Scientific memoirs by medical officers of the Army of India - Part VII,
Year: 1892
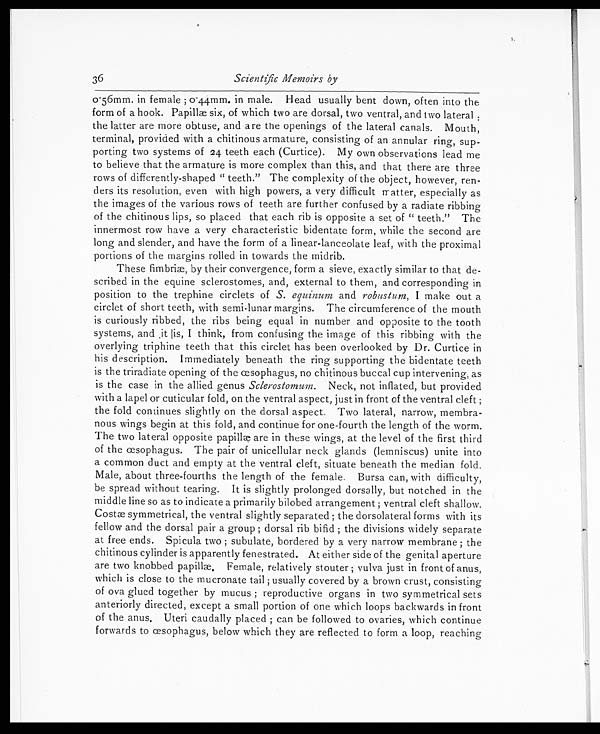
36
Scientific Memoirs by
0.056mm. in female ; 0.44mm. in male. Head usually bent down, often into the
form of a hook. Papillae six, of which two are dorsal, two ventral, and two lateral
the latter are more obtuse, and are the openings of the lateral canals. Mouth,
terminal, provided with a chitinous armature, consisting of an annular ring, sup-
porting two systems of 24 teeth each (Curtice). My own observations lead me
to believe that the armature is more complex than this, and that there are three
rows of differently-shaped " teeth." The complexity of the object, however, ren-
ders its resolution, even with high powers, a very difficult matter, especially as
the images of the various rows of teeth are further confused by a radiate ribbing
of the chitinous lips, so placed that each rib is opposite a set of " teeth." The
innermost row have a very characteristic bidentate form, while the second are
long and slender, and have the form of a linear-lanceolate leaf, with the proximal
portions of the margins rolled in towards the midrib.
These fimbriæ, by their convergence, form a sieve, exactly similar to that de-
scribed in the equine sclerostomes, and, external to them, and corresponding in
position to the trephine circlets of S. equinum and robustum, I make out a
circlet of short teeth, with semi-lunar margins. The circumference of the mouth
is curiously ribbed, the ribs being equal in number and opposite to the tooth
systems, and it is, I think, from confusing the image of this ribbing with the
overlying triphine teeth that this circlet has been overlooked by Dr. Curtice in
his description. Immediately beneath the ring supporting the bidentate teeth
is the triradiate opening of the œsophagus, no chitinous buccal cup intervening, as
is the case in the allied genus Sclerostornum. Neck, not inflated, but provided
with a lapel or cuticular fold, on the ventral aspect, just in front of the ventral cleft ;
the fold continues slightly on the dorsal aspect, Two lateral, narrow, membra-
nous wings begin at this fold, and continue for one-fourth the length of the worm.
The two lateral opposite papilla are in these wings, at the level of the first third
of the œsophagus. The pair of unicellular neck glands (lemniscus) unite into
a common duct and empty at the ventral cleft, situate beneath the median fold.
Male, about three-fourths the length of the female. Bursa can, with difficulty,
be spread without tearing. It is slightly prolonged dorsally, but notched in the
middle line so as to indicate a primarily billowed arrangement ; ventral cleft shallow.
Costæ symmetrical, the ventral slightly separated ; the dorsobateral forms with its
fellow and the dorsal pair a group ; dorsal rib bifid ; the divisions widely separate
at free ends. Spicula two ; subulate, bordered by a very narrow membrane ; the
chitinous cylinder is apparently fenestrated. At either side of the genital aperture
are two knobbed papillæ. Female, relatively stouter ; vulva just in front of anus,
which is close to the mucronate tail ; usually covered by a brown crust, consisting
of ova glued together by mucus ; reproductive organs in two symmetrical sets
anteriorly directed, except a small portion of one which loops backwards in front
of the anus, Uteri caudally placed ; can be followed to ovaries, which continue
forwards to œsophagus, below which they are reflected to form a loop, reaching